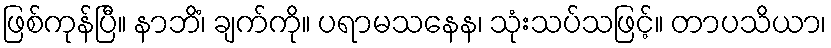
ဖြစ်ကုန်ပြီ။ နာဘိံ၊ ချက်ကို။ ပရာမသနေန၊ သုံးသပ်သဖြင့်။ တာပသိယာ၊